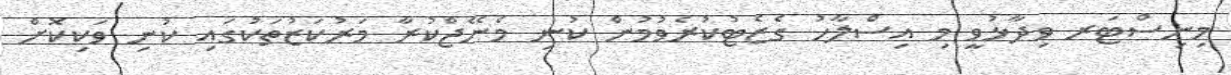
މިނިސްޓަރ ވިދާޅުވީ މި އިސްލާހު ގެޒެޓުކުރެވުމުން ކުނި މެނޭޖްކުރާ މަރުކަޒުތަކުގައި ކުނި ވަކިކޮށް